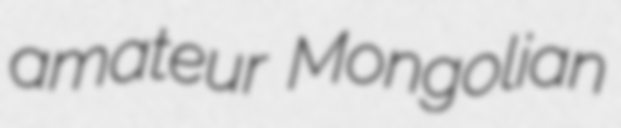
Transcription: amateur Mongolian